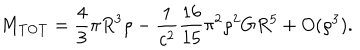
LaTeX: M _ { \mathrm { T O T } } = \frac { 4 } { 3 } \pi R ^ { 3 } \rho - \frac { 1 } { c ^ { 2 } } \frac { 1 6 } { 1 5 } \pi ^ { 2 } \rho ^ { 2 } G R ^ { 5 } + O ( \rho ^ { 3 } ) .